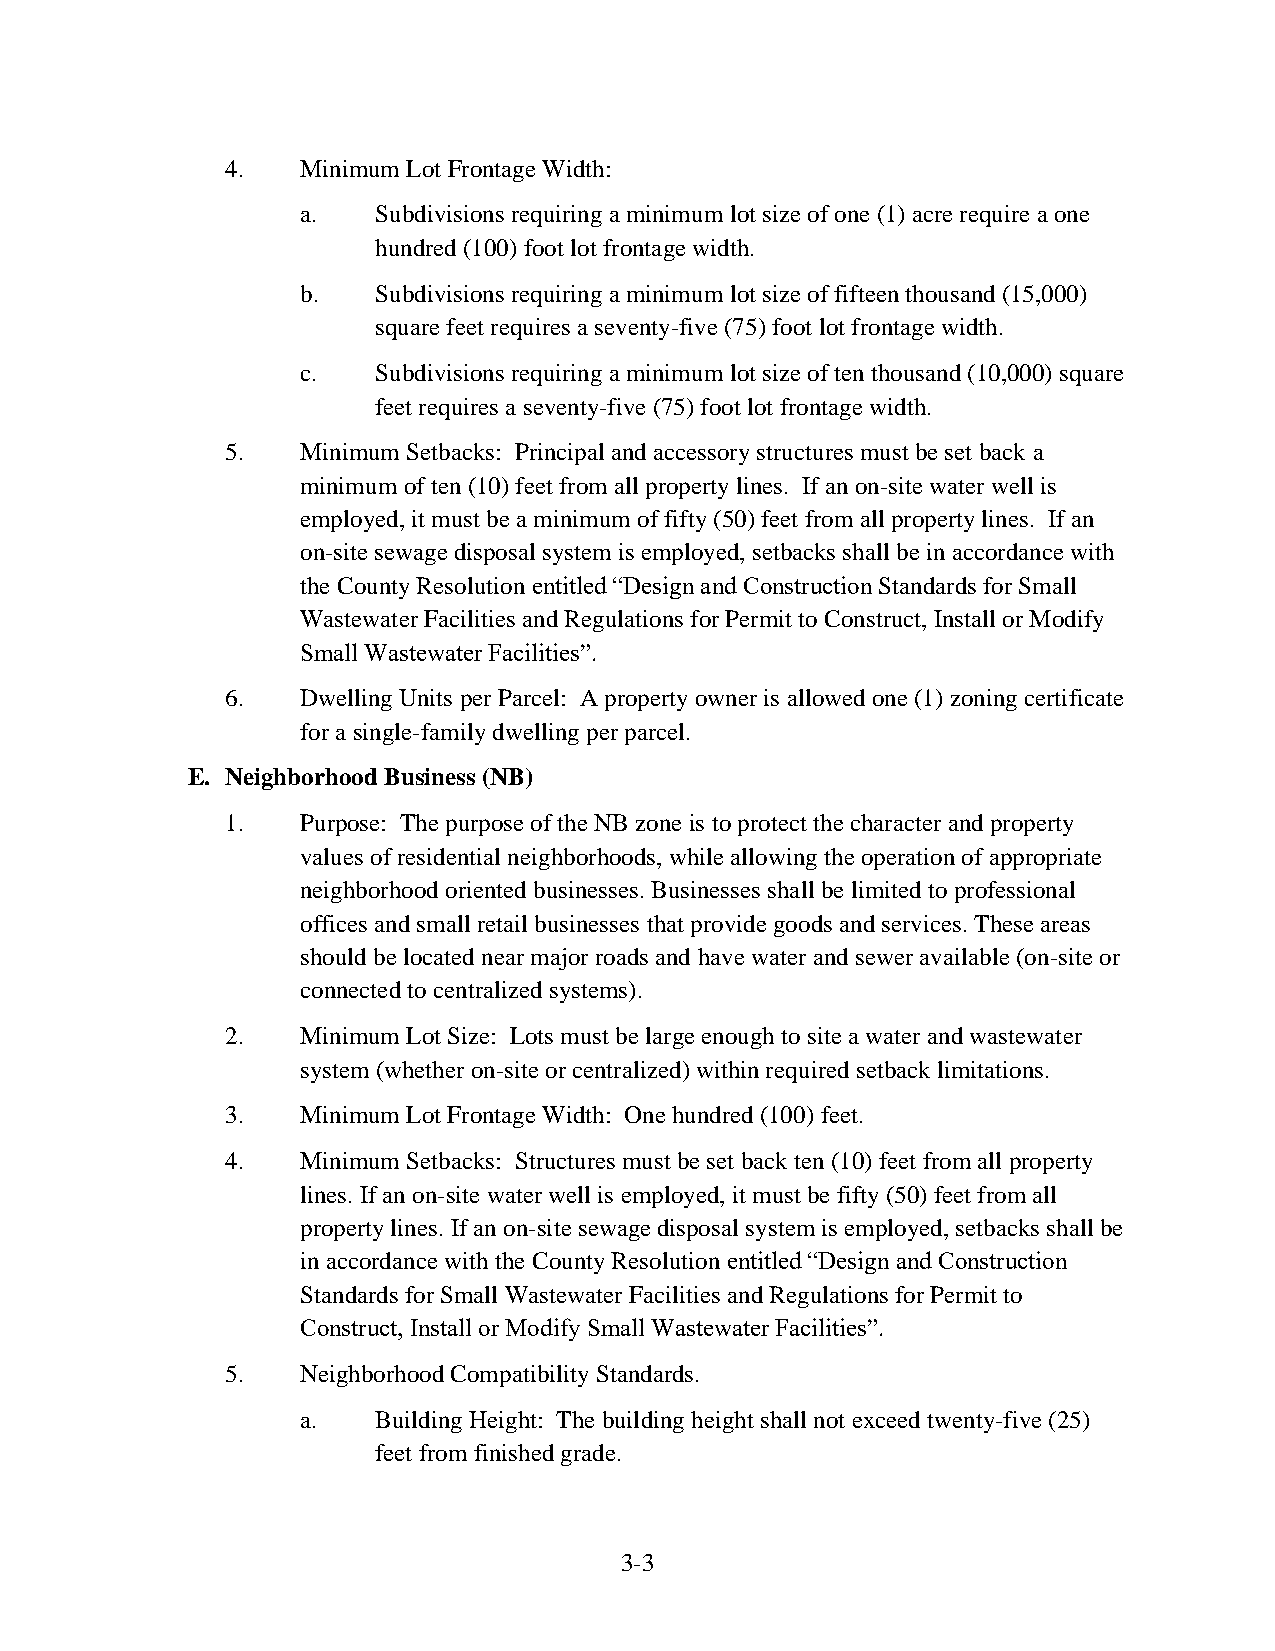
4.   Minimum Lot Frontage Width:
 a.   Subdivisions requiring a minimum lot size of one (1) acre require a one
 hundred (100) foot lot frontage width.
 b.   Subdivisions requiring a minimum lot size of fifteen thousand (15,000)
 square feet requires a seventy-five (75) foot lot frontage width.
 c.   Subdivisions requiring a minimum lot size of ten thousand (10,000) square
 feet requires a seventy-five (75) foot lot frontage width.
 5.   Minimum Setbacks: Principal and accessory structures must be set back a
 minimum of ten (10) feet from all property lines. If an on-site water well is
 employed, it must be a minimum of fifty (50) feet from all property lines. If an
 on-site sewage disposal system is employed, setbacks shall be in accordance with
 the County Resolution entitled “Design and Construction Standards for Small
 Wastewater Facilities and Regulations for Permit to Construct, Install or Modify
 Small Wastewater Facilities”.
 6.   Dwelling Units per Parcel: A property owner is allowed one (1) zoning certificate
 for a single-family dwelling per parcel.
 E. Neighborhood Business (NB)
 1.   Purpose: The purpose of the NB zone is to protect the character and property
 values of residential neighborhoods, while allowing the operation of appropriate
 neighborhood oriented businesses. Businesses shall be limited to professional
 offices and small retail businesses that provide goods and services. These areas
 should be located near major roads and have water and sewer available (on-site or
 connected to centralized systems).
 2.   Minimum Lot Size: Lots must be large enough to site a water and wastewater
 system (whether on-site or centralized) within required setback limitations.
 3.   Minimum Lot Frontage Width: One hundred (100) feet.
 4.   Minimum Setbacks: Structures must be set back ten (10) feet from all property
 lines. If an on-site water well is employed, it must be fifty (50) feet from all
 property lines. If an on-site sewage disposal system is employed, setbacks shall be
 in accordance with the County Resolution entitled “Design and Construction
 Standards for Small Wastewater Facilities and Regulations for Permit to
 Construct, Install or Modify Small Wastewater Facilities”.
 5.   Neighborhood Compatibility Standards.
 a.   Building Height: The building height shall not exceed twenty-five (25)
 feet from finished grade.
 3-3